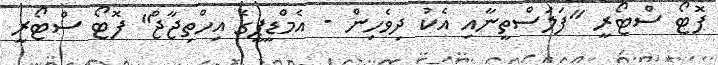
ފޮޓޯ ސްޓޯރީ "ފަލަސްތީނާއި އެކު ދިވެހިން - އެމްޑީޕީގެ އިހްތިޖާޖް" ފޮޓޯ ސްޓޯރީ